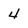
Character: 4